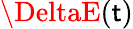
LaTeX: \DeltaE(\mathsf{t})